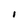
Character: i